Treatise on elephants
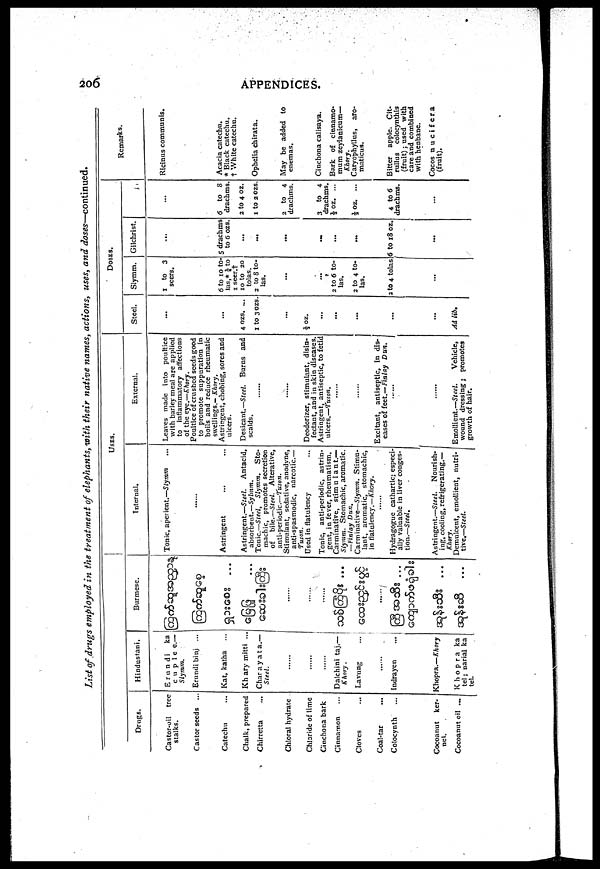
206
APPENDICES.
List of drugs employed in the treatment of elephants, with their native names, actions, uses, and doses—continued.
Drugs.
Castor-oil
tree
stalks.
Castor seeds ...
Catechu
Chalk, prepared
Chirretta
Chloral hydrate
Chloride of lime
Cinchona bark
Cinnamon
Cloves
Coal-tar
Colocynth
Cocoanut
ker-
nel.
Cocoanut oil ...
Hindustani.
Erundi
ka
cuplee.—
Slymin.
Erundi binj ...
Kat, katha
...
Khary mitti ..
Char ay at a.—
Steel.
......
......
......
Dalchini taj.—
Khory.
Lavung
......
Indrayen
Chopra.—Khory
Khopra ka
tel; narial ka
tel.
Burmese.
...
......
......
......
...
...
..
...
...
...
USES.
Internal.
Tonic, aperient.—Slymm ...
......
Astringent ... ...
Astringent.—Steel.
Antacid,
absorbent.—Sylmm.
Tonic.—Steel, Slymm.
Sto-
machic, promotes secretion
of
bile.—Steel. Alterative,
anti-periodic.—Tuson.
Stimulant, sedative, anodyne,
anti-spasmodic, narcotic.—
Tuson.
Used in flatulency
Tonic, anti-periodic, astrin-
gent, in fever, rheumatism.
Carminative, stimuIant.—
Slymm. Stomachic, aromatic.
—Finlay Dun.
Carminative—Slymm. Stimu-
lant, aromatic, stomachic,
in
flatulency.—Khory.
......
Hydragogue cathartic; especi-
ally valuable in liver conges-
tion.—Steel.
Astringent.—Steel.
Nourish-
ing, cooling, refrigerating.—
Khory.
Demulcent, emollient, nutri-
tive,—Steel.
External.
Leaves made into poultice
with barley meal are applied
to inflammatory affections
of the eye.—Khory.
Poultice of crushed seeds good
to promote suppuration in
boils and reduce rheumatic
swellings.— Khory.
Astringent, chobing, sores and
ulcers.
Desicant.—Steel. Burns and
scalds.
......
......
Deodorizer, stimulant, disin-
fectant, and in skin diseases.
Astringent, antiseptic, to fetid
ulcers.—Tuton.
......
......
Excitant, antiseptic, in dis-
eases of feet.—Finlay
Dun.
......
Emollient.—Steel.
Vehicle,
wound dressing; promotes
growth of hair.
DOSES.
Steel.
...
...
4 ozs. ...
1 to 3 ozs.
......
½ oz.
...
...
...
...
Ad lib.
Slymm.
1 to
3
seers.
6 to 1O to-
las,* ¼ to
1 seer.†
10 to 20
tolas.
2 to 8 to-
las.
...
...
...
2 to 6 to-
las.
2 to 4 to-
las.
...
2 to 4 tolas
...
Gilchrist.
...
5 drachms
to 6 ozs.
...
...
...
...
...
...
...
...
6 to 18 oz.
...
...
6 to 8
drachms.
2 to 4 oz.
1 to 2 OZS.
2 to 4
drachms.
...
3 to 4
drachms.
½ oz. ...
½ oz. ...
...
4 to 6
drachms.
...
Remarks.
Ricinus communis.
Acacia catechu.
* Black catechu.
† White catechu.
Ophelia chirata.
May be added to
enemas.
Cinchona calisaya.
Bark of cinnamo-
mum zeylanicum—
Khory.
Caryophyllus, aro-
maticua.
Bitter apple. Cit-
rullus colocynthis
(fruit); used with
care and combined
with henbane.
Cocos n u c i f e r a
(fruit).